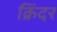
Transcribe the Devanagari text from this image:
क्रिंदर